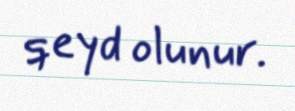
qeyd olunur.